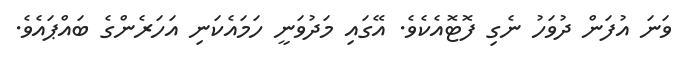
ވަނަ އުފަން ދުވަހު ނެގި ފޮޓޮއެކެވެ. އޭގައި މަދުވަނީ ހަމައެކަނި އަހަރެންގެ ބައްޕައެވެ.